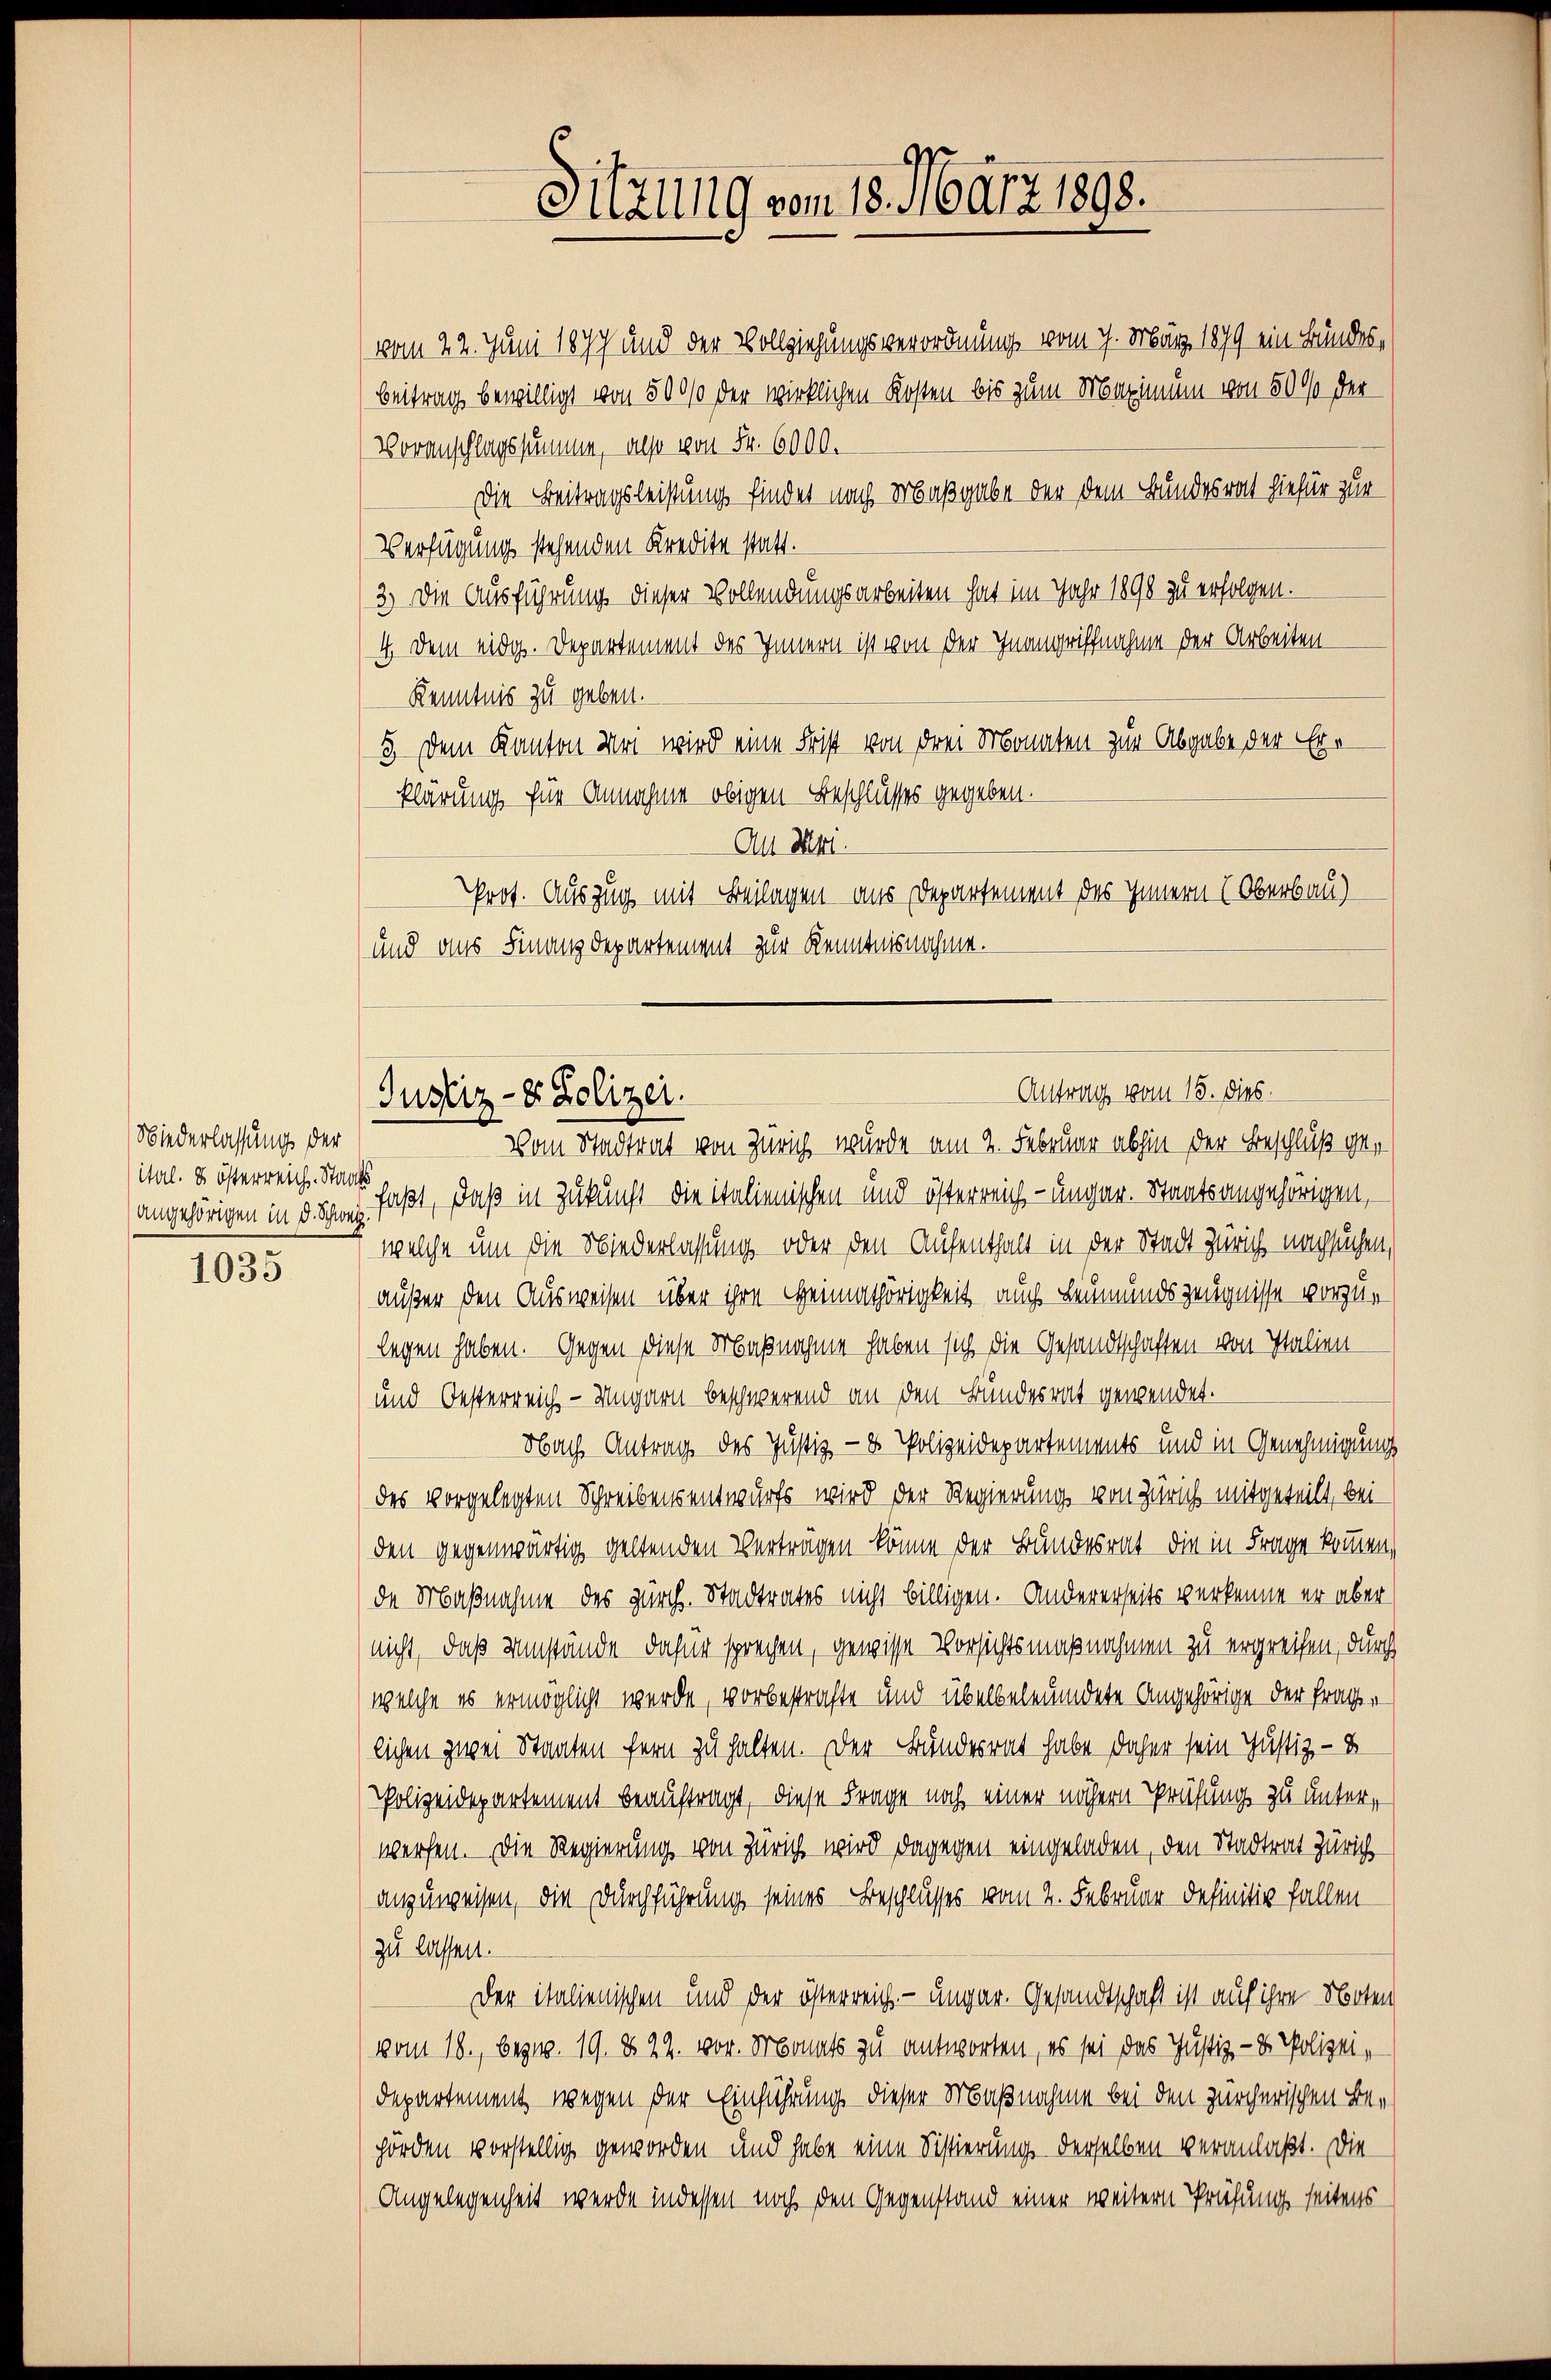
Niederlassung der
ital. 8 österreich. Staats

1035

Voranschlagssumme, also von Fr. 6000.
Verfügung stehenden Kredite statt.
3.) Die Ausführung dieser Vollendungsarbeiten hat im Jahr 1890 zu erfolgen.
4. Dem eidg. Departement des Innern ist von der Inangriffnahme der Arbeiten
Kenntnis zu geben.
5. Dem Kanton Uri wird eine Frist von drei Monaten zur Abgabe der Erklärung für Annahme obigen Beschlusses gegeben.
Au Mki.
Prot. Auszug mit Beilagen aus Departement des Innern (Oberbau)
und aus Finanzdepartement zur Kenntnisnahme.

Sitzung vom 18. März 1898.

vom 22. Juni 1879 und der Vollziehungsverordnung vom 7. März 1879 ein Bundes¬
Beitrag bewilligt von 500% der wirklichen Kosten bis zum Maximum von 50 % der
Die Beitragsleistung findet nach Maßgabe der dem Bundesrat hiefür zur

Antrag vom 15. dies.
Justiz- & Polizei.

Vom Stadtrat von Zürich, wurde am 2. Februar abhin der Beschluß geangehörigen in die faßt, daß in Zukunft die italienischen und österreich-ungar. Staatsangehörigen,
welche um die Niederlassung oder den Aufenthalt in der Stadt Zürich nachsuchen,
außer den Ausweisen über ihre Heimathörigkeit auch Leumundszeugnisse vorzulegen haben. Gegen diese Maßnahme haben sich die Gesandtschaften von Italien-
und Oesterreich - Ungarn beschwerend an den Bundesrat gewendet.
Nbach Antrag des Justiz- & Polizeidepartements und in Genehmigung
des vorgelegten Schreibensentwurfs wird der Regierung von Zürich mitgeteilt, beiden gegenwärtig geltenden Verträgen könne der Bundesrat die in Frage kommen,
de Maßnahme des zürch. Stadtrates nicht billigen. Andererseits verkenne er aber
nicht, daß Umstände dafür sprechen, gewisse Vorsichtsmaßnahmen zu ergreifen, durch
welche es ermöglicht werde, vorbestrafte und übelbeleumdete Angehörige der Frage
lichen zwei Staaten fern zu halten. Der Bunderrat habe daher sein Justiz- &
Polizeidepartement beauftragt, diese Frage noch einer nähern Prüfung zu unterwerfen. Die Regierung von Zürich wird dagegen eingeladen, den Stadtrat Zürich
anzuweisen, die Durchführung seines Beschlusses vom 2. Februar definitiv fallen
zu lassen.
Der italienischen und der österreich. - ungar. Gesandtschaft ist auf ihre Noten
vom 18., bezw. 19. 822. vor. Monats zu antworten, es sei das Justiz- & Polizei,
departement, wegen der Einführung dieser Maßnahme bei den zürcherischen Behörden vorstellig geworden und habe eine Distierung derselben veranlaßt. Die
Angelegenheit werde indessen noch den Gegenstand einer weitern Prüfung seitens